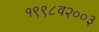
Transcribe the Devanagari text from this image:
१९९८व२००३